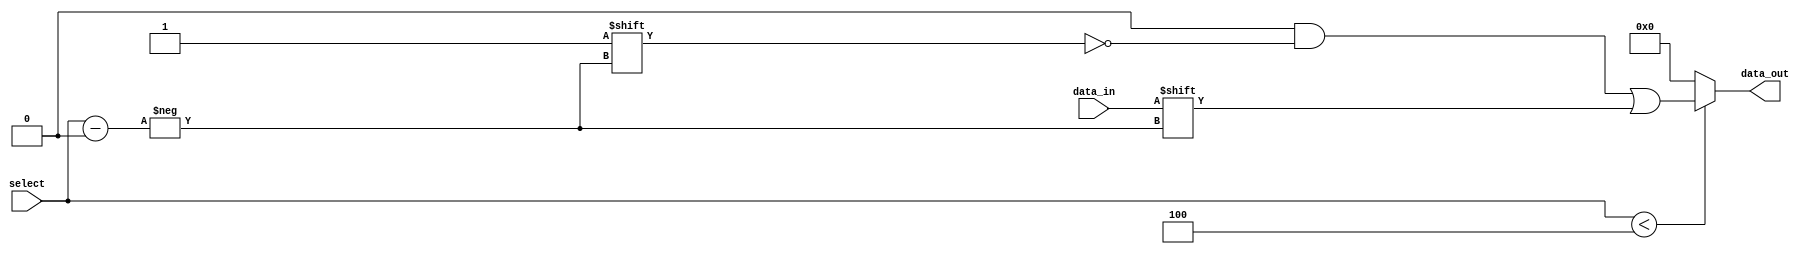
module Parameterized_Demux #(
    parameter N = 4  // Number of output lines (must be a power of 2)
) (
    input wire data_in,                // Input data signal
    input wire [$clog2(N)-1:0] select, // Select signal
    output reg [N-1:0] data_out        // Output data lines
);

    always @(*) begin
        // Default all outputs to low
        data_out = {N{1'b0}};
        
        // Route data_in to the selected output line
        if (select < N) begin
            data_out[select] = data_in;
        end
    end

endmodule